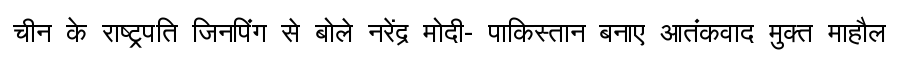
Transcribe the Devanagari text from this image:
चीन के राष्ट्रपति जिनपिंग से बोले नरेंद्र मोदी- पाकिस्तान बनाए आतंकवाद मुक्त माहौल